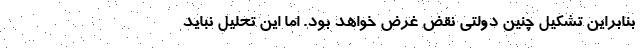
بنابراین تشکیل چنین دولتی نقض غرض خواهد بود. اما این تحلیل نباید